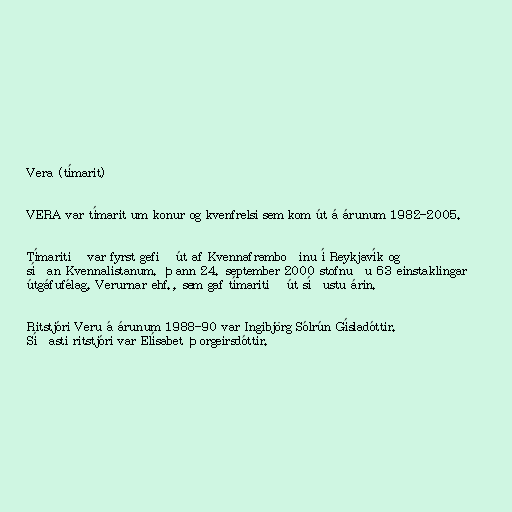
Vera (tímarit)

VERA var tímarit um konur og kvenfrelsi sem kom út á árunum 1982-2005.

Tímaritið var fyrst gefið út af Kvennaframboðinu í Reykjavík og
síðan Kvennalistanum. Þann 24. september 2000 stofnuðu 63 einstaklingar
útgáfufélag, Verurnar ehf., sem gaf tímaritið út síðustu árin.

Ritstjóri Veru á árunum 1988-90 var Ingibjörg Sólrún Gísladóttir.
Síðasti ritstjóri var Elísabet Þorgeirsdóttir.